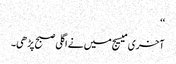
‘‘
آخری میسیج میں نے اگلی صبح پڑھی۔